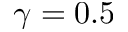
\gamma = 0 . 5